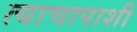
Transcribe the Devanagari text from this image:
त्याचापाशी